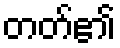
တတ်၏